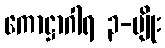
ကောဋ္ဌာဂါရ ၃-မျိုး